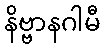
နိဗ္ဗာနဂါမီ